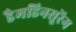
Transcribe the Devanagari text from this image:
डैमडिनसूरेंग